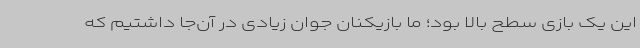
این یک بازی سطح بالا بود؛ ما بازیکنان جوان زیادی در آن‌جا داشتیم که